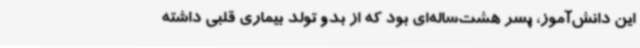
این دانش‌آموز، پسر هشت‌ساله‌ای بود که از بدو تولد بیماری قلبی داشته